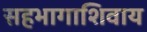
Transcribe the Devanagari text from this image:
सहभागाशिवाय